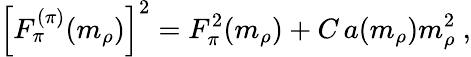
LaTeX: \left[F_{\pi}^{(\pi)}(m_{\rho})\right]^{2}=F_{\pi}^{2}(m_{\rho})+C\, a(m_{\rho})m_{\rho}^{2}\ ,